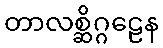
တာလစ္ဆိဂ္ဂဠေန